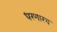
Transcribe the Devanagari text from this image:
धरणारच